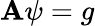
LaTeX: \mathbf{A}\psi=g